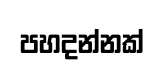
පහදන්නක්